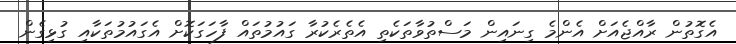
އެގޮތުން ރާއްޖެއަށް އެންމެ ގިނައިން މަސްތުވާތަކެތި އެތެރެކުރާ ގައުމުތައް ފާހަގަކޮށް އެގައުމުތަކާއި ގުޅިގެން